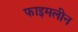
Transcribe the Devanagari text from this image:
फाइमलीन